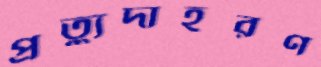
প্রত্যুদাহরণ